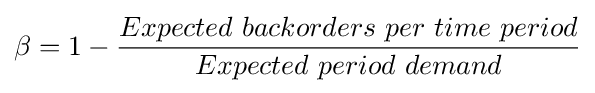
\beta =1-{\frac {Expected~backorders~per~time~period}{Expected~period~demand}}